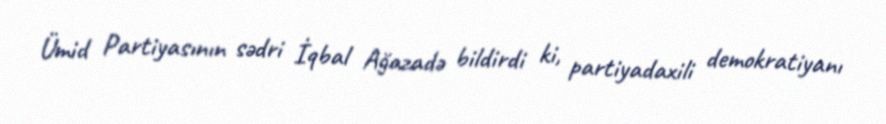
Ümid Partiyasının sədri İqbal Ağazadə bildirdi ki, partiyadaxili demokratiyanı